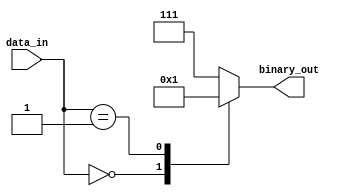
module encoder(
  input [7:0] data_in,
  output [2:0] binary_out
);

reg [2:0] encoded_data;

always @ (data_in) begin
  case (data_in)
    8'b00000000: encoded_data <= 3'b000; // Example encoding scheme
    8'b00000001: encoded_data <= 3'b001;
    // Add more cases for different input data values
    default: encoded_data <= 3'b111; // Default encoding if input does not match any cases
  endcase
end

assign binary_out = encoded_data;

endmodule